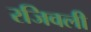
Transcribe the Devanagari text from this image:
रजिवली